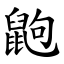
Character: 鼩